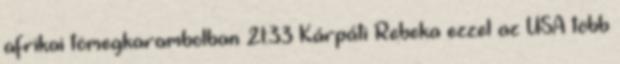
afrikai tömegkarambolban 21:33 Kárpáti Rebeka ezzel az USA több